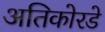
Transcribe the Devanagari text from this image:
अतिकोरडे